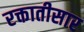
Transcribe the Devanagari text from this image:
रक्तातीसार